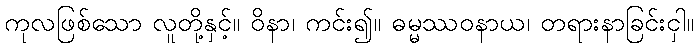
ကုလဖြစ်သော လူတို့နှင့်။ ဝိနာ၊ ကင်း၍။ ဓမ္မဿဝနာယ၊ တရားနာခြင်းငှါ။